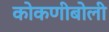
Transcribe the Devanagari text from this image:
कोकणीबोली